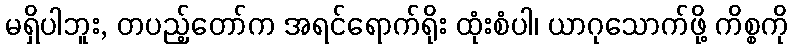
မရှိပါဘူး, တပည့်တော်က အရင်ရောက်ရိုး ထုံးစံပါ၊ ယာဂုသောက်ဖို့ ကိစ္စကို